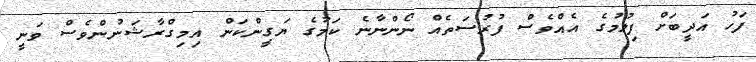
ފަހު އަދީބަށް ފިލުމުގެ އެެއްވެސް ފުރުސަތެއް ނޯންނާނެ ކަމުގެ ޔަގީންކަން އިމިގްރާޝަނުންވެސް ވަނީ